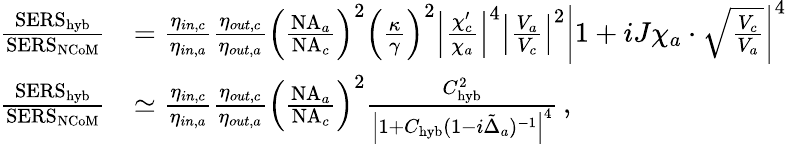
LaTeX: \begin{array}{rl}{\frac{\mathrm{SERS}_{\mathrm{hyb}}}{\mathrm{SERS}_{\mathrm{NCoM}}}}&{=\frac{\eta_{in,c}}{\eta_{in,a}}\frac{\eta_{out,c}}{\eta_{out,a}}\left(\frac{\mathrm{NA}_{a}}{\mathrm{NA}_{c}}\right)^{2}\left(\frac{\kappa}{\gamma}\right)^{2}\left|\frac{\chi_{c}^{\prime}}{\chi_{a}}\right|^{4}\left|\frac{V_{a}}{V_{c}}\right|^{2}\left|1+iJ\chi_{a}\cdot\sqrt{\frac{V_{c}}{V_{a}}}\right|^{4}}\\ {\frac{\mathrm{SERS}_{\mathrm{hyb}}}{\mathrm{SERS}_{\mathrm{NCoM}}}}&{\simeq\frac{\eta_{in,c}}{\eta_{in,a}}\frac{\eta_{out,c}}{\eta_{out,a}}\left(\frac{\mathrm{NA}_{a}}{\mathrm{NA}_{c}}\right)^{2}\frac{C_{\mathrm{hyb}}^{2}}{\left|1+C_{\mathrm{hyb}}(1-i\tilde{\Delta}_{a})^{-1}\right|^{4}}\, ,}\end{array}